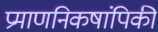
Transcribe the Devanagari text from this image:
प्रमाणनिकषांपिकी